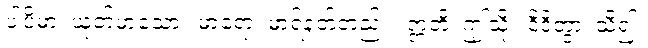
ပါပိမာ၊ ယုတ်မာသော။ မာရော၊ မာရ်နတ်တည်း။ ဣတိ၊ ဤသို့။ ဝိဒိတွာ၊ သိ၍။